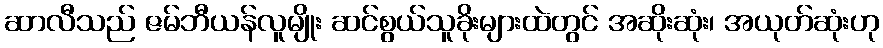
ဆာလီသည် ဇမ်ဘီယန်လူမျိုး ဆင်စွယ်သူခိုးများထဲတွင် အဆိုးဆုံး၊ အယုတ်ဆုံးဟု